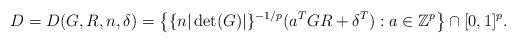
LaTeX: \begin{align*} D = D(G,R,n,\delta) = \left\{ \{n|\det(G)|\}^{-1/p} (a^T G R + \delta^T) : a \in\mathbb{Z}^p \right\} \cap [0,1]^p. \end{align*}